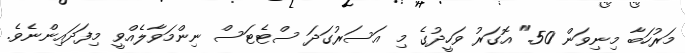
މަރުހަބާ މިނިވަން 50." އޮގަރު ވަހީދުގެ މި އަސަރުގަދަ ސްޓެޓަސް ނިންމަވާލެއްވީ މިފަދައިންނެވެ.